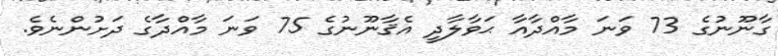
ގާނޫނުގެ 73 ވަނަ މާއްދާއާ ޙަވާލާދީ އެޤާނޫނުގެ 75 ވަނަ މާއްދާގެ ދަށުންނެވެ.